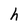
Character: h